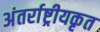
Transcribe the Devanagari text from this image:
अंतर्राष्ट्रीयकृत